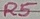
Text: R5